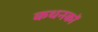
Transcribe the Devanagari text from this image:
कथनकों